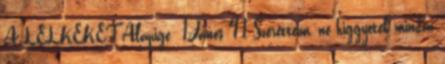
A LELKEKET Alapige: 1János 4,1 Szeretteim, ne higgyetek minden